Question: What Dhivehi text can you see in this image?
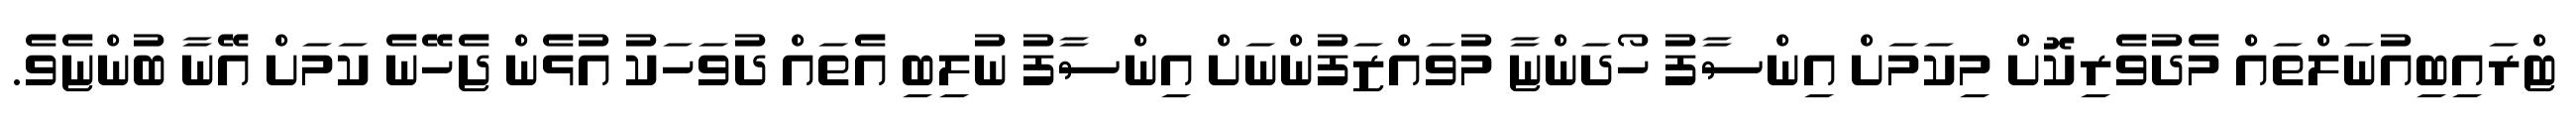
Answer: ޓްރައިބިއުނަލްތައް މެދުވެރިކޮށް މިކަމަށް އިންސާފު ހޯދަންޏާ މުވައްޒަފުންނަށް އިންސާފު ނުލިބި އެތައް ދުވަހަކު އުޅެން ޖެހޭނެ ކަމަށް އޭނާ ބުންޏެވެ.